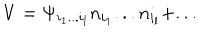
LaTeX: V = \Psi _ { i _ { 1 } . . . i _ { l } } n _ { i _ { 1 } } . . . n _ { i _ { l } } + . . .